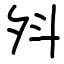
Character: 斘